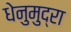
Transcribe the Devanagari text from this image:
धेनुमुद्रा